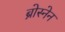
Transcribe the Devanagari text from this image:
ब्रोस्नेन